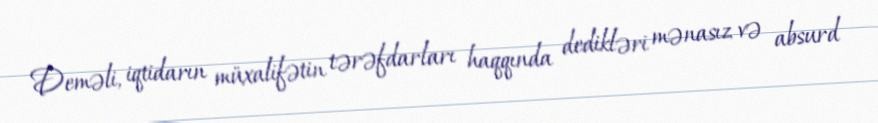
Deməli, iqtidarın müxalifətin tərəfdarları haqqında dedikləri mənasız və absurd